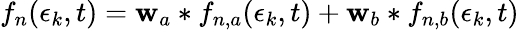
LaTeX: f_{n}(\epsilon_{k},t)=\mathbf{w}_{a}*f_{n,a}(\epsilon_{k},t)+\mathbf{w}_{b}*f_{n,b}(\epsilon_{k},t)